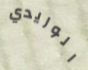
الوريدي